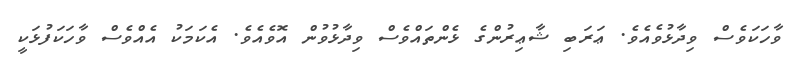
ވާހަކަވެސް ވިދާޅުވެއެވެ. ޢަރަބި ޝާޢިރުންގެ ޅެންތައްވެސް ވިދާޅުވުން އޮވެއެވެ. އެކަމަކު އެއްވެސް ވާހަކަފުޅަކީ